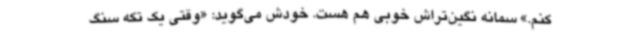
کنم.» سمانه نگین‌تراش خوبی هم هست. خودش می‌گوید: «وقتی یک تکه سنگ